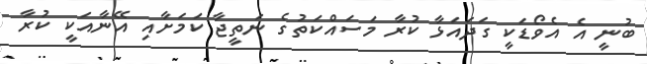
ބުނީ އެ އެވޯޑަކީ ގަދައަޅާ ކުރާ މަސައްކަތުގެ ނަތީޖާ ކަމަށާއި އޭނާއަކީ ކުރާ